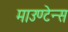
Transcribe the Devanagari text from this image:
माउण्टेन्स